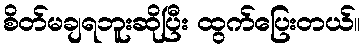
စိတ်မချရဘူးဆိုပြီး ထွက်ပြေးတယ်။